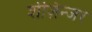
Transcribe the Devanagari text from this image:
शेज़िन्जर